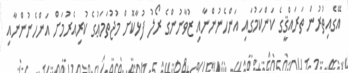
އޭގެއިތުރުން ތަރައްޤީގެ ކަންކަމުގައި އަންހެނުންނާއި ޒުވާނުންގެ ރޯލު ފުޅާކޮށް މުޖުތަމަޢުގެ ކުރިއެރުމަށް އަންހެނުންނާއި